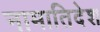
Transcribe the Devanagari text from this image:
नामातिदेश